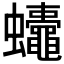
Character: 𮕚